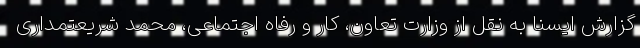
گزارش ایسنا به نقل از وزارت تعاون، کار و رفاه اجتماعی، محمد شریعتمداری